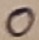
Text: O